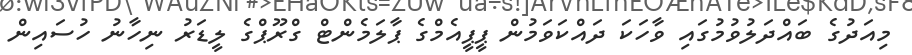
މިއަދުގެ ބައްދަލުވުމުގައި ވާހަކަ ދައްކަވަމުން ޕީޕީއެމްގެ ޕާލަމެންޓް ގްރޫޕްގެ ލީޑަރު ނިހާނު ހުސައިން